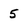
Character: 5